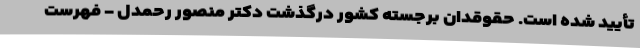
تأیید شده است. حقوقدان برجسته کشور درگذشت دکتر منصور رحمدل - فهرست